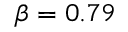
\beta = 0 . 7 9